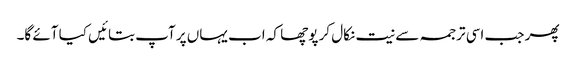
پھر جب اسی ترجمہ سے نیت نکال کر پوچھا کہ اب یہاں پر آپ بتائیں کیا آئے گا۔